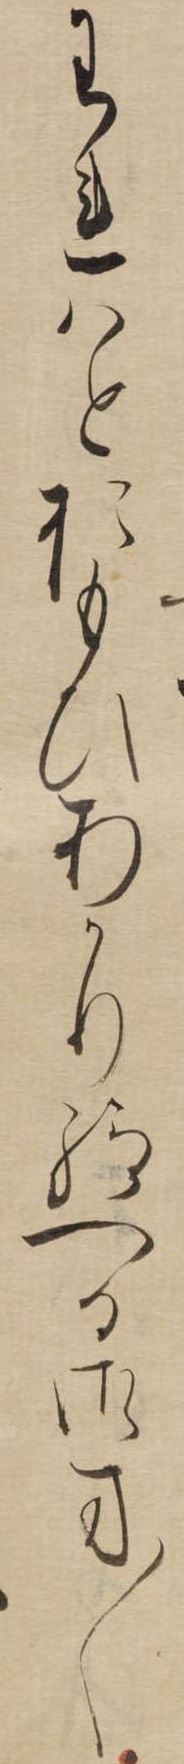
われはとおもひあかり給へる御方〱